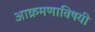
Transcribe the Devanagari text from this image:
आक्रमणाविषयी